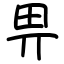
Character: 畀